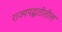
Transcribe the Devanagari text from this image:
राज्यपद्धतीतील